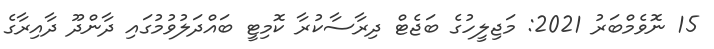
15 ނޮވެމްބަރު 2021: މަޖިލީހުގެ ބަޖެޓް ދިރާސާކުރާ ކޮމިޓީ ބައްދަލުވުމުގައި ދާންދޫ ދާއިރާގެ